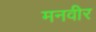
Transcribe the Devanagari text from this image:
मनवीर